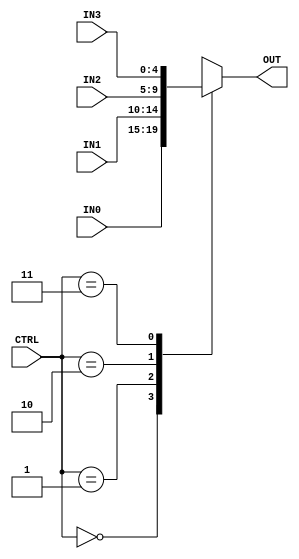
`timescale 1ns / 1ps
//////////////////////////////////////////////////////////////////////////////////
// Company: 
// Engineer: 
// 
// Design Name: 
// Module Name: Multiplexer_4way
// Project Name: 
// Target Devices: 
// Tool Versions: 
// Description: Simple 4x1 multiplexer with 5 bits.
// 
// Dependencies: 
// 
// Revision:
// Revision 0.01 - File Created
// Additional Comments:
// 
//////////////////////////////////////////////////////////////////////////////////


module Multiplexer(
    input [1:0] CTRL,
    input [4:0] IN0,
    input [4:0] IN1,
    input [4:0] IN2,
    input [4:0] IN3,
    output reg [4:0] OUT
    );
    
    always@(CTRL or IN0 or IN1 or IN2 or IN3) begin
        case(CTRL)
            2'b00 : OUT <= IN0;
            2'b01 : OUT <= IN1;
            2'b10 : OUT <= IN2;
            2'b11 : OUT <= IN3;
            default : OUT <= 5'b0;
        endcase
    end
endmodule